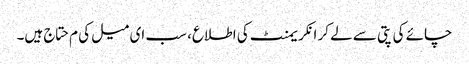
چائے کی پتی سے لے کر انکریمنٹ کی اطلاع، سب ای میل کی م حتاج ہیں۔